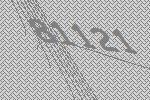
81121